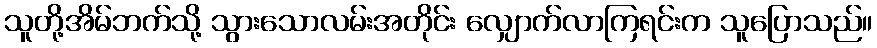
သူတို့အိမ်ဘက်သို့ သွားသောလမ်းအတိုင်း လျှောက်လာကြရင်းက သူပြောသည်။